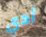
أدي